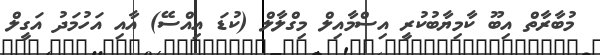
މުބާރާތް އިބޫ ކާމިޔާބުކުރީ އިސްމާއިލް މިގްލާލް (ކުޑަ އިއްސޭ) އާއި އަހުމަދު އަގީލް